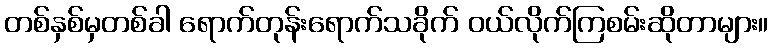
တစ်နှစ်မှတစ်ခါ ရောက်တုန်းရောက်သခိုက် ဝယ်လိုက်ကြစမ်းဆိုတာများ။